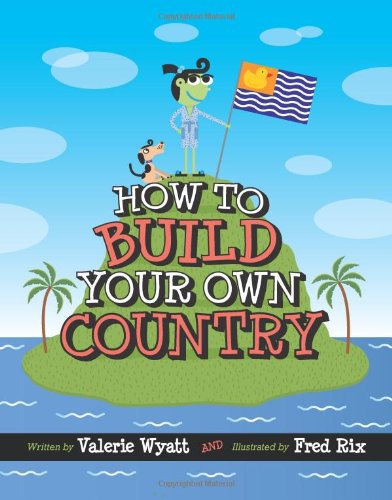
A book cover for How to Build Your Own Country (CitizenKid); Valerie Wyatt; Children's Books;